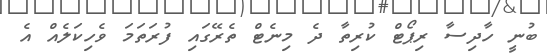
ބުނީ ހާދިސާ ރިޕޯޓް ކުރިތާ ދެ މިނެޓް ތެރޭގައި ފުރަތަމަ ވެހިކަލެއް އެ